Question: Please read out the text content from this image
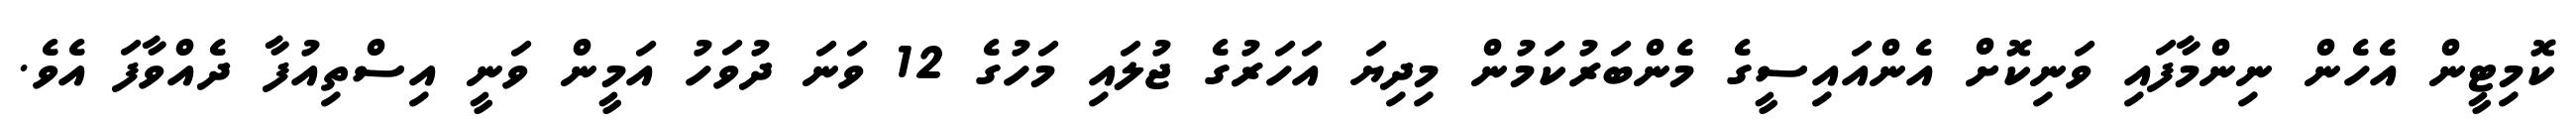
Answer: ކޮމިޓީން އެހެން ނިންމާފައި ވަނިކޮށް އެންއައިސީގެ މެންބަރުކަމުން މިދިޔަ އަހަރުގެ ޖުލައި މަހުގެ 12 ވަނަ ދުވަހު އަމީން ވަނީ އިސްތިއުފާ ދެއްވާފަ އެވެ.